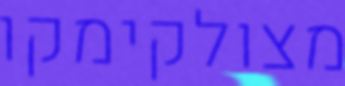
מצולקימקו